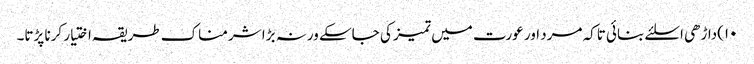
۱۰)داڑھی اسلئے بنائی تاکہ مرد اور عورت میں تمیز کی جاسکے ورنہ بڑا شرمناک طریقہ اختیار کرنا پڑتا۔